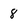
Character: 8